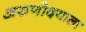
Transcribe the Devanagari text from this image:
अरुणोदयाला